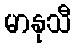
မာနုသီ